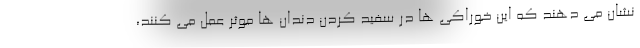
نشان می دهند که این خوراکی ها در سفید کردن دندان ها موثر عمل می کنند،